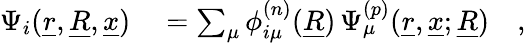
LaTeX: \begin{array}{rl}{\Psi_{i}(\underline{{r}},\underline{{R}},\underline{{x}})}&{{}=\sum_{\mu}\phi_{i\mu}^{(n)}(\underline{{R}})\, \Psi_{\mu}^{(p)}(\underline{{r}},\underline{{x}};\underline{{R}})\quad,}\end{array}